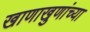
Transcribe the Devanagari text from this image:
खाणाखुणांच्या